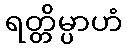
ရတ္တိမ္ပာဟံ